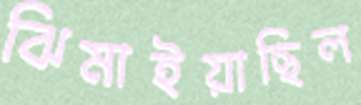
ঝিমাইয়াছিল